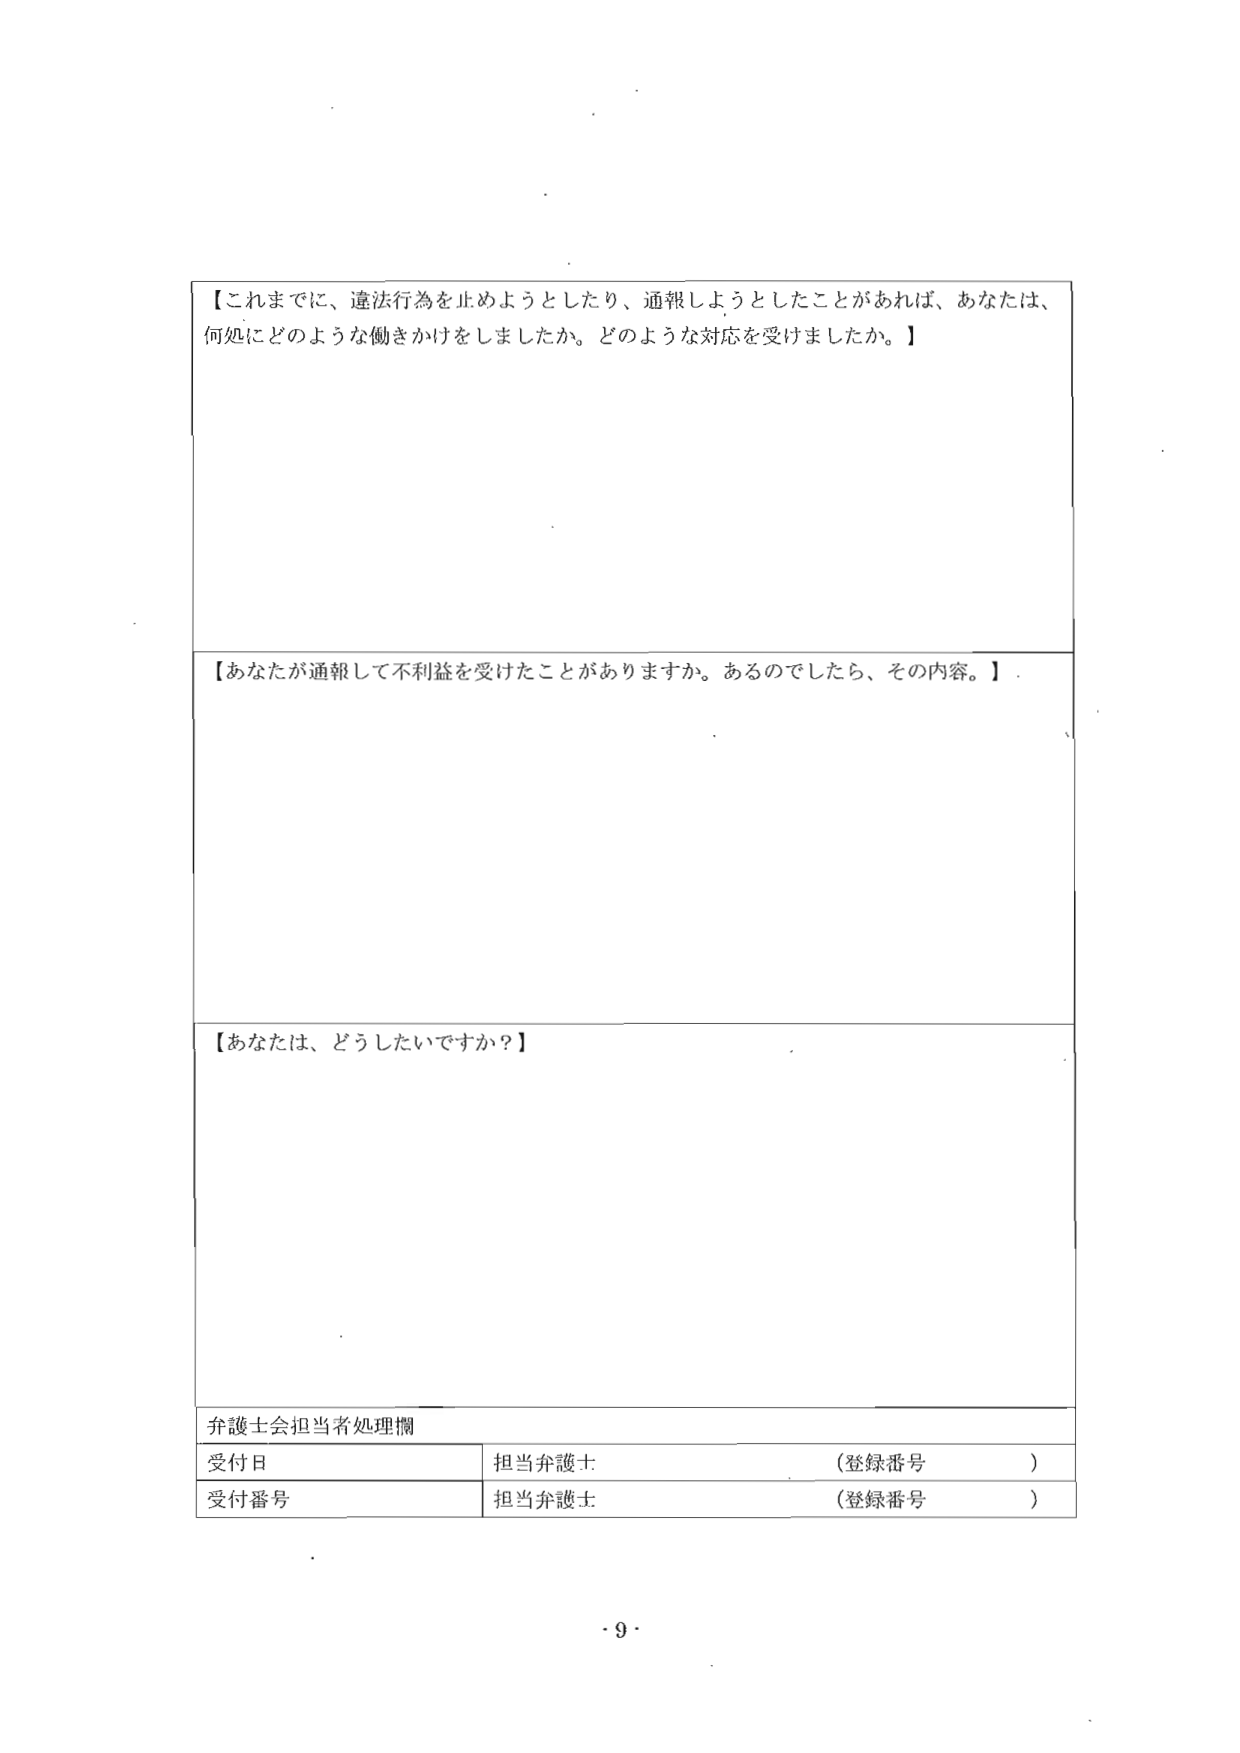
【これまでに、違法行為を止めようとしたり、通報しようとしたことがあれば、あなたは、
何処にどのような働きかけをしましたか。どのような対応を受けましたか。】

【あなたが通報して不利益を受けたことがありますか。あるのでしたら、その内容。】

【あなたは、どうしたいですか？】

弁護士会担当者処理欄
受付日　　　　　　　　　　担当弁護士　　　　　　　　　　（登録番号　　）
受付番号　　　　　　　　　担当弁護士　　　　　　　　　　（登録番号　　）

・9・